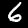
Label: 6